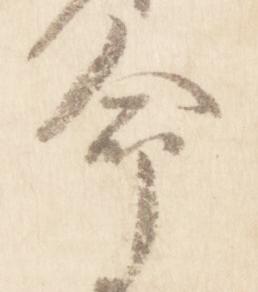
命